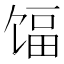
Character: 𬳃